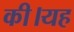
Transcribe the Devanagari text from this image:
की।यह